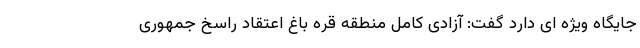
جایگاه ویژه ای دارد گفت: آزادی کامل منطقه قره باغ اعتقاد راسخ جمهوری